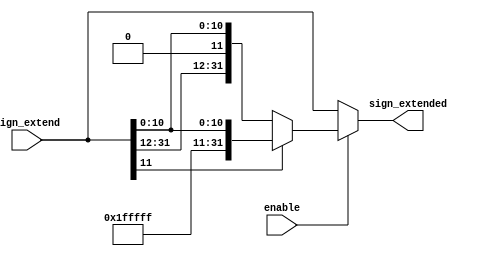
module sign_extend
#(parameter SIZE = 32,
  parameter Position_of_sign = 12)
(
	sign_extend,
	enable,
	sign_extended
);

input enable;
input [SIZE-1:0] sign_extend;
output reg [SIZE-1:0] sign_extended;

wire [31:0] temp= {{(SIZE-Position_of_sign){sign_extend[Position_of_sign-1]}},sign_extend[Position_of_sign-1:0]};


always @*
begin
	if (enable)
		begin
			if 	(sign_extend[Position_of_sign-1] == 1'b1)
				sign_extended = temp;
			else
				sign_extended = sign_extend;
		end
	else begin
		sign_extended = sign_extend;

	end
end

endmodule